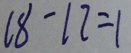
1 8 - 1 7 = 1